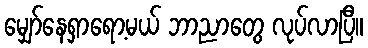
မျှော်နေရှာရော့မယ် ဘာညာတွေ လုပ်လာပြီ။